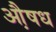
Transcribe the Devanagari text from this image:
औ़षध